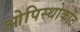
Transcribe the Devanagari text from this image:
ओपिस्थोकोंट